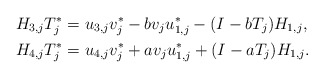
\begin{align*} H_{3,j}T_j^* &= u_{3,j}v_{j}^*- b v_{j}u_{1,j}^* -(I-bT_j)H_{1,j}, \\ H_{4,j}T_j^* &= u_{4,j}v_{j}^* + a v_{j} u_{1,j}^* + (I-aT_j)H_{1,j}. \end{align*}